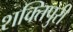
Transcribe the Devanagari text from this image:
शक्तिपुरी